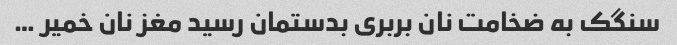
سنگک به ضخامت نان بربری بدستمان رسید مغز نان خمیر …